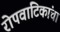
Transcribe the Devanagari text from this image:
रोपवाटिकांचा